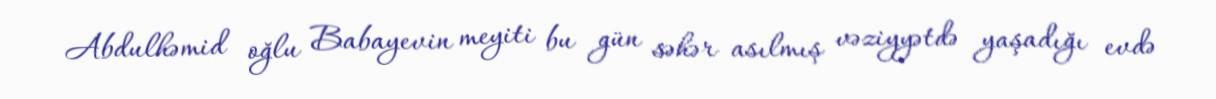
Abdulhəmid oğlu Babayevin meyiti bu gün səhər asılmış vəziyyətdə yaşadığı evdə